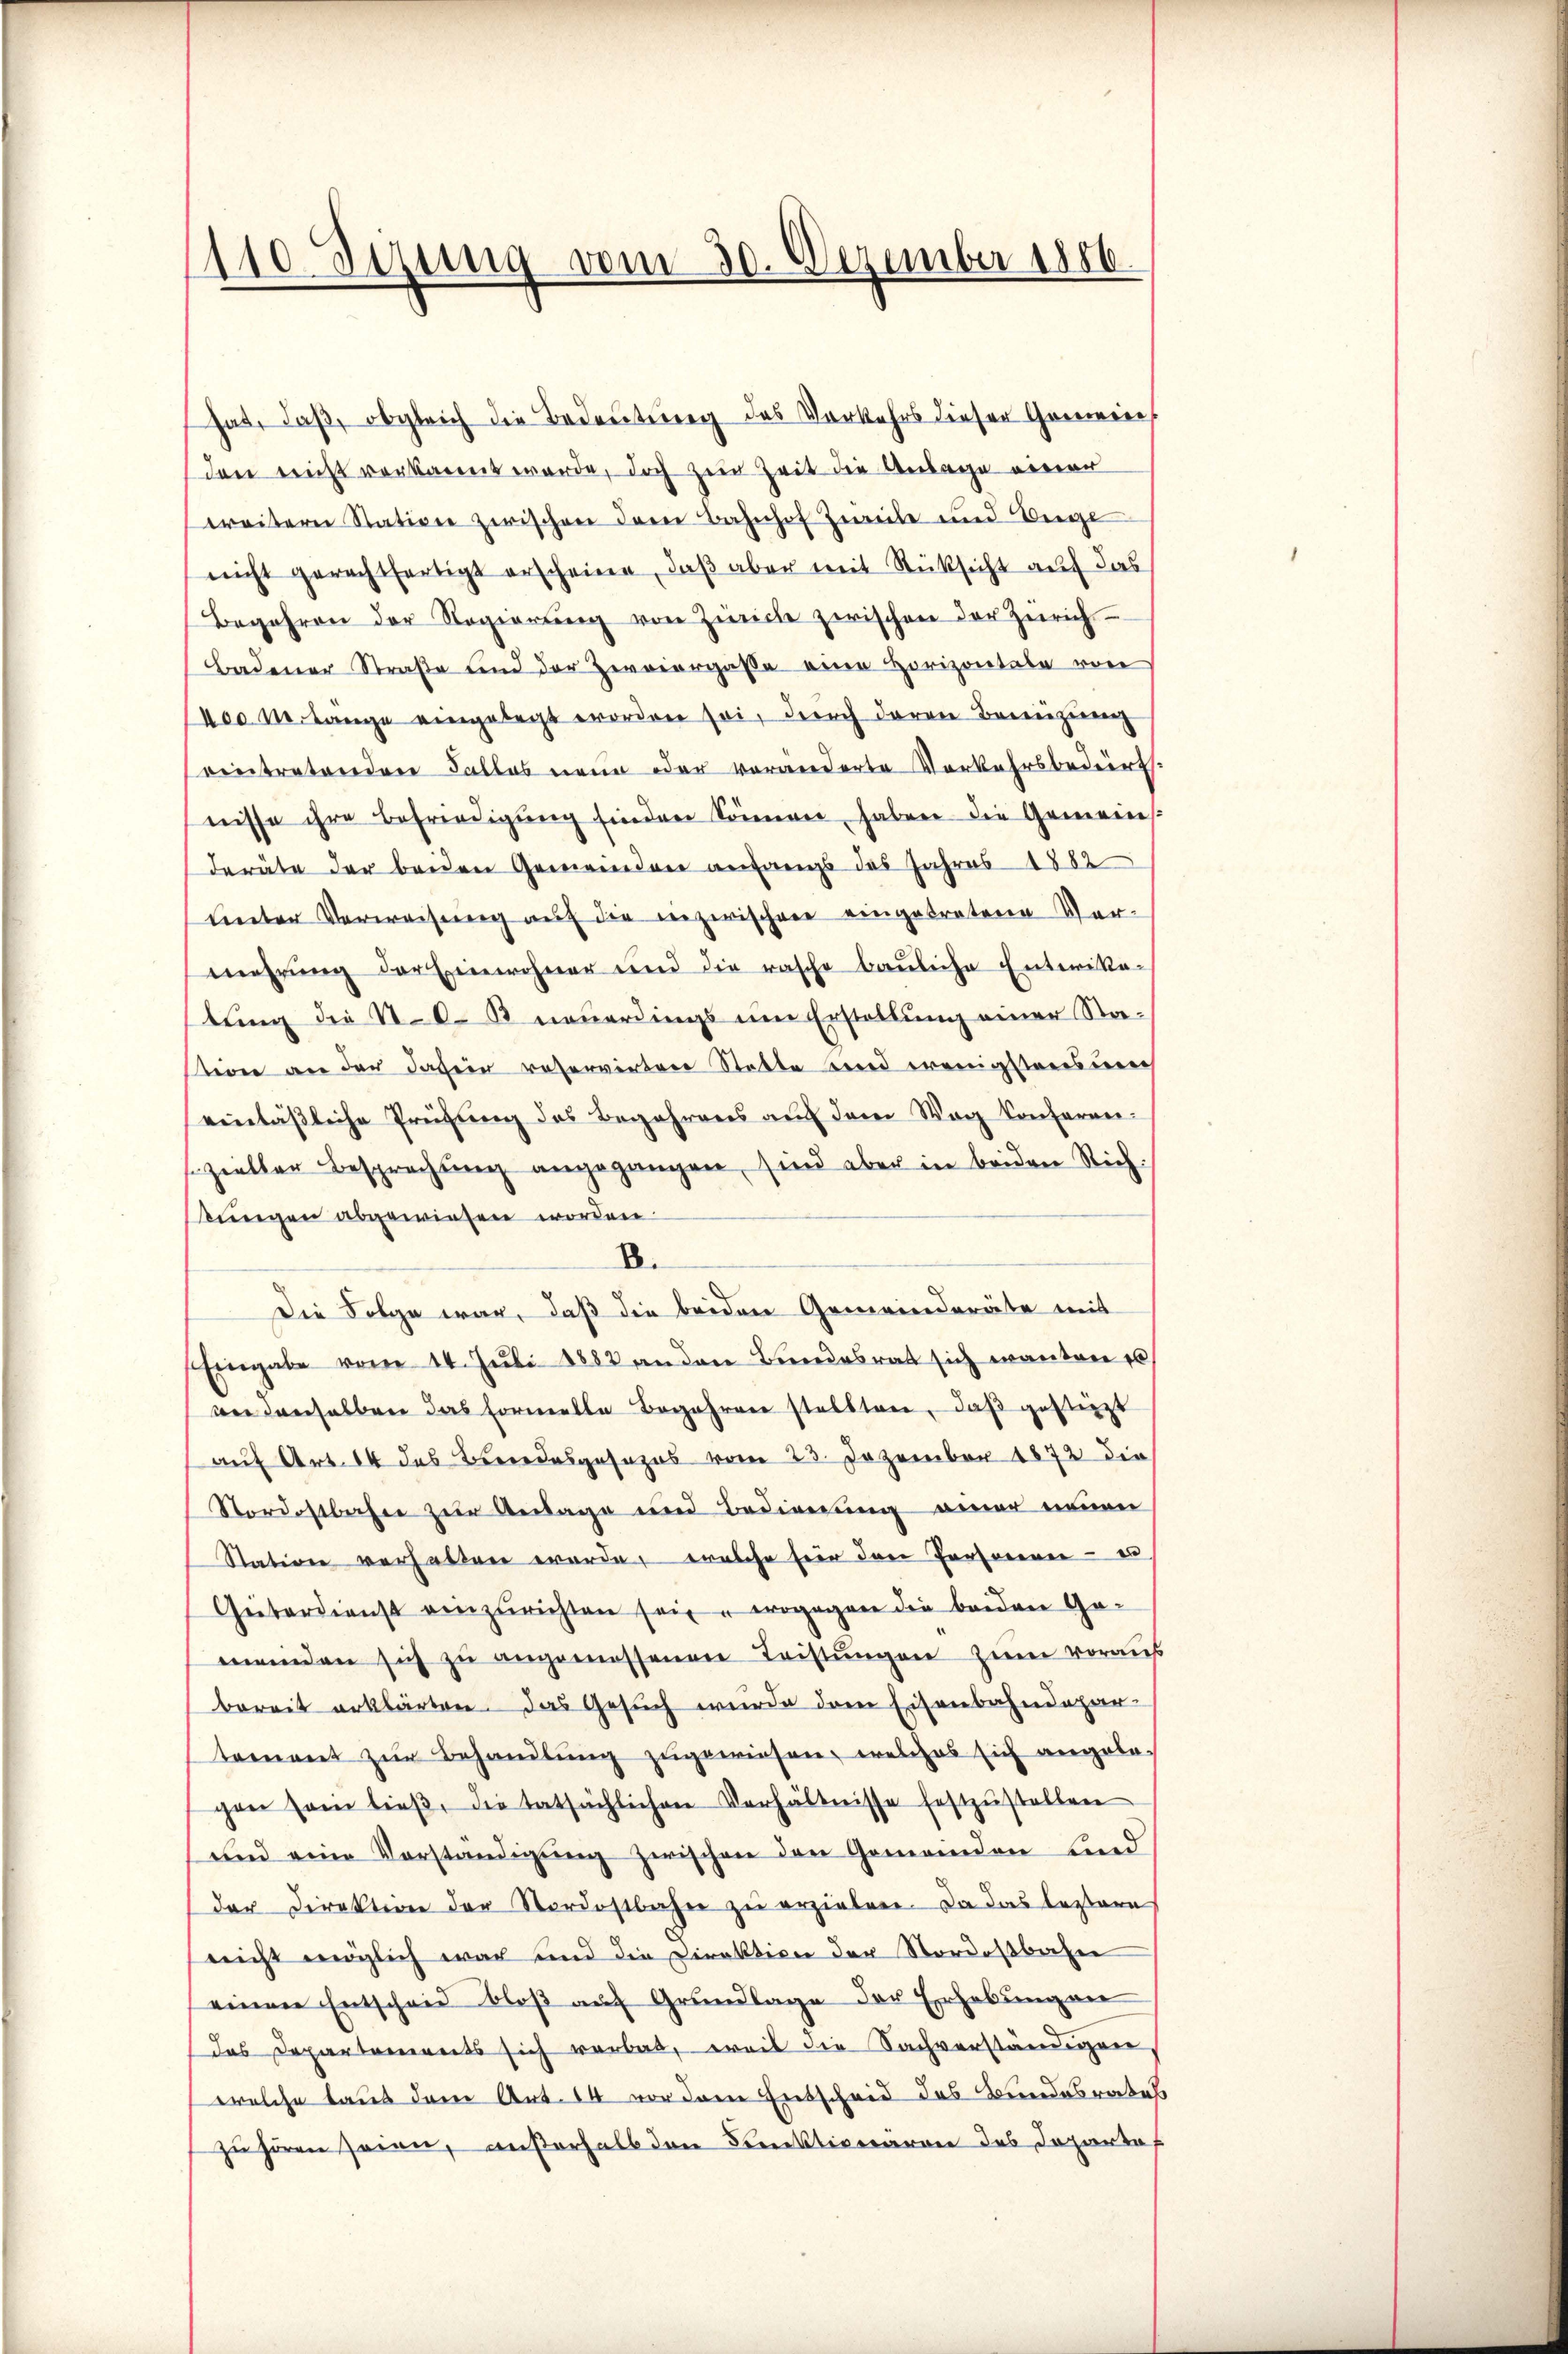
110 Jesung vom 30. Dezember 1886.

hat, daß, obgleich die Bedeutung des Vorkehrs dieser Gemeine
den nicht verkannt werde, doch zur Zeit die Anlage einer
weitern Station zwischen dem Bahnhof Zweife und Bege
nicht gerechtfertigt erscheine, daß aber mit Rücksicht auf das
Begehren der Regierŭng von Zürich zwischen der Zürich
Badener Straße und der Zweiergasse eine Horizontale von
neo Melange eingelegt worden sei, durch deren Bereizung
eintretenden Falles neue oder veränderte Verkehrsbedürf-
nisse ihre Befriedigŭng finden können haben die Gemein:
deräte der beiden Gemeinden anfangs das Jahres 1882
Unter Verweisung auf die einzerischen eingetretene Ver-
mehrung der Einwohner und die rasche bauliche Enterika-
tung die St. C. R. neuerdings um Erstellung einer Sta-
teren an der Jahren reservirten Statte sind wenigstensner
einlässliche Prüfung des Begehrens auf dem Wag Conferner-
sizielter Besprechŭng angegangen, sind aber in beiden Rich-
kungen abgewiesen worden.
B.
Die Folge war, daß die beiden Gemeinderäte mit
Eingabe vom 14. Juli 1883 an den Bundesrat sich manten es
an denselben das Formelle Begehren stellten, daß gestiegt
auf Art. 14 des Brendesgesezes vom 23. Dezember 1872 die
Nordostbahne zur Auslage und Bedienung einer neuen
Station verhalten werde, welche fier den Personenen - es
Geiterdienst einzurichten sei, wogegen die beiden Ge-
meinden sich zu angemessenen Leistŭngen zum voraus
bereit erklärten. Das Gesuch wurde dem Eisenbahndepar-
tement zur Behandlung zugewiesen, welches sich angelegen sein lieβ, die tatsächlichen Verhältnisse festzŭstellen
und eine Vorständigŭng zwischen den Gemeinden sind
der Direktion der Nordostbahn zu erzielen. Da das leztere
neicht möglich war und die Direktion der Nordostbahn
einen Entscheid bloß auf Grundlage der Erhebung an
das Departements sich verbat, weil die Sachverständigen
welche taus dem Art. 14 vor dem Entscheid des Bundesrates
zu hören seien, außerhalb den Funktionaren des Departof